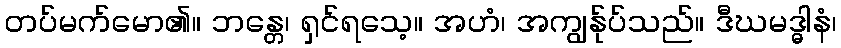
တပ်မက်မော၏။ ဘန္တေ၊ ရှင်ရသေ့။ အဟံ၊ အကျွန်ုပ်သည်။ ဒီဃမဒ္ဓါနံ၊